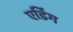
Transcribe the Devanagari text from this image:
एर्डिंग